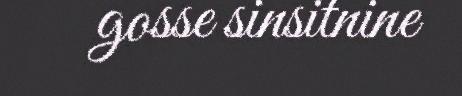
gosse sinsitnine